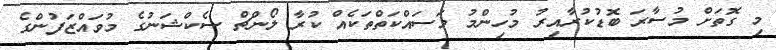
މި ގޮތަށް މުސާރަ ބޮޑުކުރާއިރު މުހިންމު މަސައްކަތްތަކެއް ކުރާ ލޯންޗް ސެކްޝަނުގެ މުވައްޒަފުންގެ